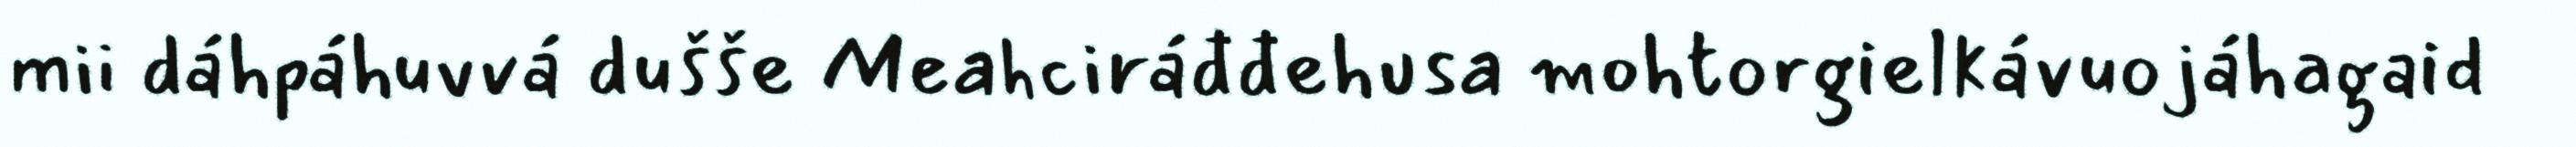
mii dáhpáhuvvá dušše Meahciráđđehusa mohtorgielkávuojáhagaid